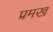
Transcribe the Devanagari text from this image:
प्रमख